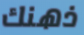
ذهنك